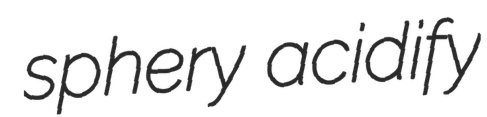
sphery acidify